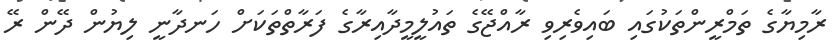
ރާމިޔާގެ ތަމްރީންތަކުގައި ބައިވެރިވި ރާއްޖޭގެ ތައުލީމީދާއިރާގެ ފަރާތްތަކަށް ހަނދާނީ ލިޔުން ދޭން ރޭ